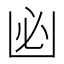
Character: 𠚊